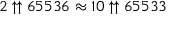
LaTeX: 2 \uparrow \uparrow 6 5 5 3 6 \approx 1 0 \uparrow \uparrow 6 5 5 3 3